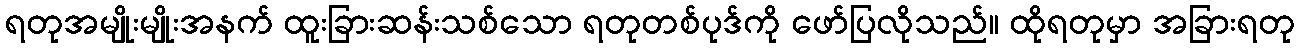
ရတုအမျိုးမျိုးအနက် ထူးခြားဆန်းသစ်သော ရတုတစ်ပုဒ်ကို ဖော်ပြလိုသည်။ ထိုရတုမှာ အခြားရတု